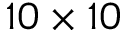
1 0 \times 1 0